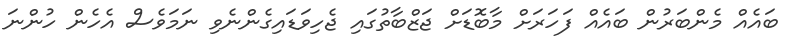
ބައެއް މެންބަރުން ބައެއް ފަހަރަށް މާބޮޑަށް ޖަޒްބާތުގައި ޖެހިވަޑައިގެންނެވި ނަަމަވެސް އެހެން ހުންނަ